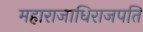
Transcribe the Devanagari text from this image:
महाराजाधिराजपति